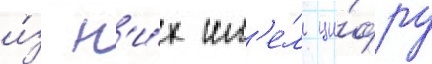
и́з н'и́х им'е́л ци́фру